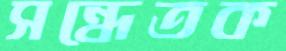
সন্ধেতক